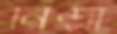
নিন্দ্রা